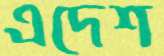
এদেশ